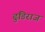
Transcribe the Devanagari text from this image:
ढुंडिराज